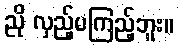
ညို လှည့်မကြည့်ဘူး။